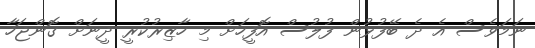
ނަމަވެސް އެ ދެ ބޭފުޅުން ފުލުސް އޮފީހަށް މި ހާޒިރުކުރީ ދީނަށް ގޮންޖަހާ